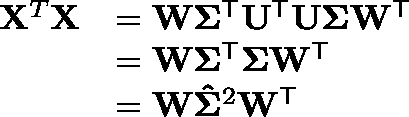
{ \begin{array} { r l } { \mathbf { X } ^ { T } \mathbf { X } } & { = \mathbf { W } \mathbf { \Sigma } ^ { \mathsf { T } } \mathbf { U } ^ { \mathsf { T } } \mathbf { U } \mathbf { \Sigma } \mathbf { W } ^ { \mathsf { T } } } \\ & { = \mathbf { W } \mathbf { \Sigma } ^ { \mathsf { T } } \mathbf { \Sigma } \mathbf { W } ^ { \mathsf { T } } } \\ & { = \mathbf { W } \mathbf { \hat { \Sigma } } ^ { 2 } \mathbf { W } ^ { \mathsf { T } } } \end{array} }